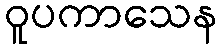
ဝူပကာသေန